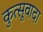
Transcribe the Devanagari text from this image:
कुत्सूवादा